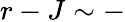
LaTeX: r-J\sim-